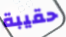
حقيبة